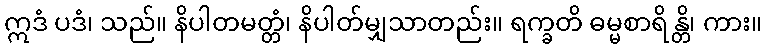
ဣဒံ ပဒံ၊ သည်။ နိပါတမတ္တံ၊ နိပါတ်မျှသာတည်း။ ရက္ခတိ ဓမ္မစာရိန္တိ၊ ကား။